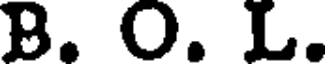
B. O. L.